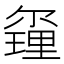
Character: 𨤰